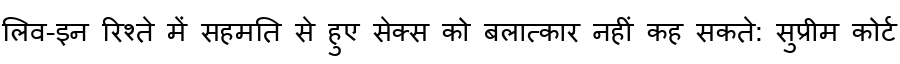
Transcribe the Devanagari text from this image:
लिव-इन रिश्ते में सहमति से हुए सेक्स को बलात्कार नहीं कह सकते: सुप्रीम कोर्ट